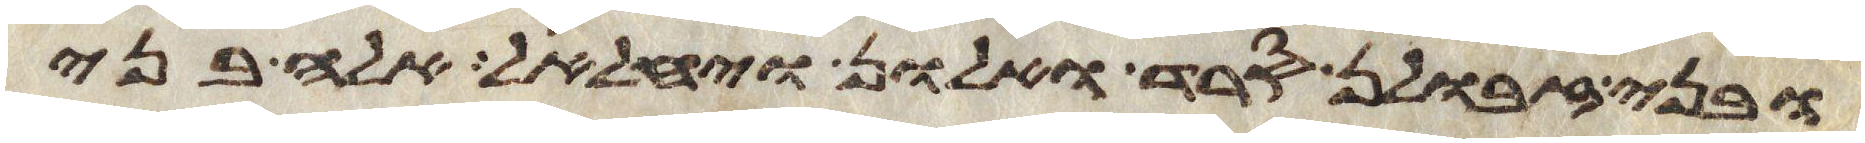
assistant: ובני זבולן סרד ואלון ויחלאל אלה בני